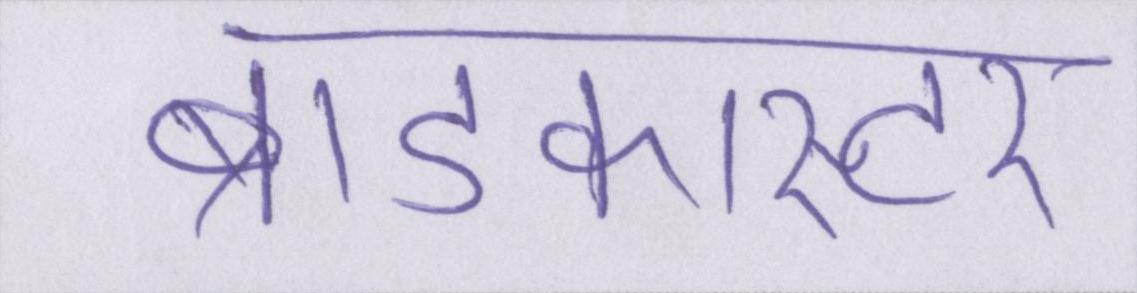
ब्राडकास्टर